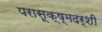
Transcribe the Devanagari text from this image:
परासूक्ष्मदर्शी